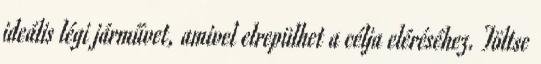
ideális légi járművet, amivel elrepülhet a célja eléréséhez. Töltse